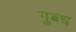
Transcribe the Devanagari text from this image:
गुबध